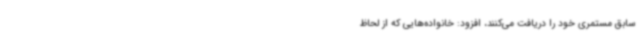
سابق مستمری خود را دریافت می‌کنند، افزود: خانواده‌هایی که از لحاظ